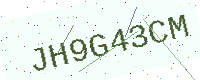
Text: JH9G43CM